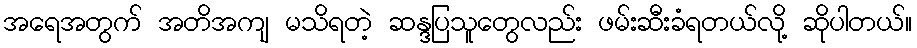
အရေအတွက် အတိအကျ မသိရတဲ့ ဆန္ဒပြသူတွေလည်း ဖမ်းဆီးခံရတယ်လို့ ဆိုပါတယ်။